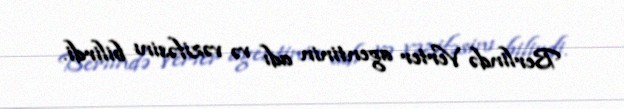
Berlində Verter agentinin adı və vəzifəsinı bilirdi.